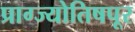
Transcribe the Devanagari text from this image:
प्राग्ज्योतिषपूर